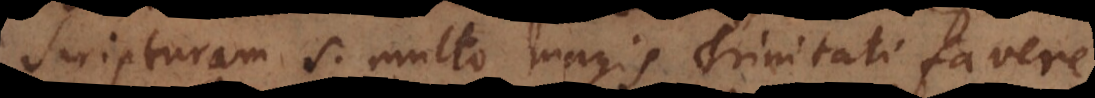
Scripturam S. multo magis Trinitati favere